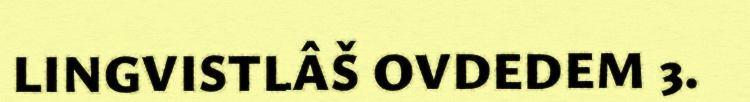
LINGVISTLÂŠ OVDEDEM 3.